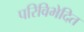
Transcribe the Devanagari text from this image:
परिविभेदित